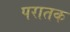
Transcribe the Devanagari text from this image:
परातक